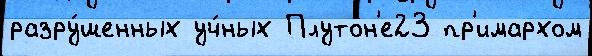
разру́шенных уч́ных Плутон'е23 пр'имархом